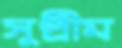
সুপ্রীম